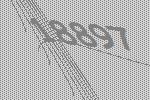
18897